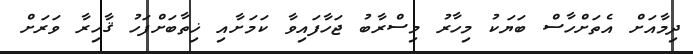
ދިމާއަށް އެތަށްހާސް ބަޔަކު މިހާރު މިސްރާބު ޖަހާފައިވާ ކަމަށާއި ޚިތާބަށްފަހު ޤާހިރާ ވަރަށް